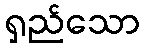
ရှည်သော